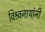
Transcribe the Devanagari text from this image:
विश्र्वनाथांनी